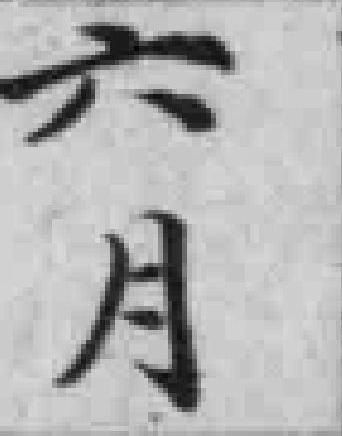
六月